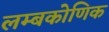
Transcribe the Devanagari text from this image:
लम्बकोणिक